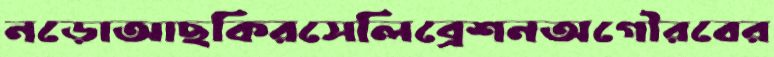
নড়োআছকিরসেলিব্রেশনঅগৌরবের